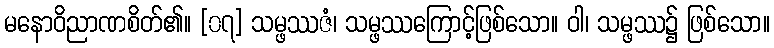
မနောဝိညာဏစိတ်၏။ [၀၇] သမ္ဖဿဇံ၊ သမ္ဖဿကြောင့်ဖြစ်သော။ ဝါ၊ သမ္ဖဿ၌ ဖြစ်သော။